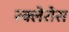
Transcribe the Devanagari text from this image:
स्क्लेरोस